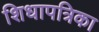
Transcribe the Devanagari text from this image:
शिधापत्रिका